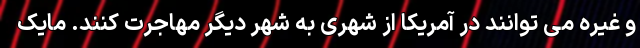
و غیره می‌ توانند در آمریکا از شهری به شهر دیگر مهاجرت کنند. مایک